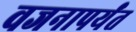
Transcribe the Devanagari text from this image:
वजनापर्यंत